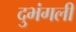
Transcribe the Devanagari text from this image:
दुभंगली